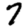
Digit: 7